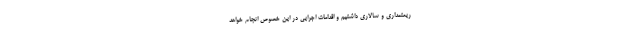
ریعتمداری و سالاری داشتیم و اقدامات اجرایی در این خصوص انجام خواهد